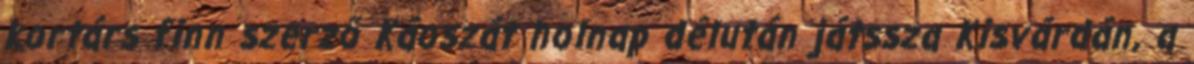
kortárs finn szerző Káoszát holnap délután játssza Kisvárdán, a